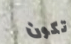
تكون